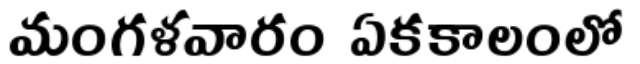
మంగళవారం ఏకకాలంలో